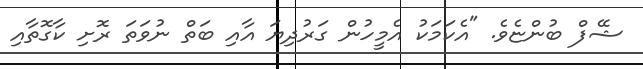
ޝޭފް ބުންޏެވެ. "އެކަމަކު އެމީހުން ގަރުދިޔަ އާއި ބަތް ނުވަތަ ރޮށި ކާގޮތާއި